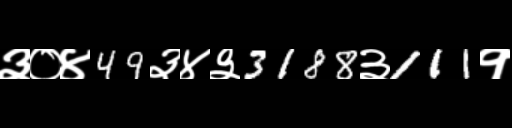
Text: ३०४49३४३3188३111१